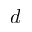
d